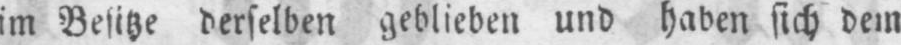
im Besitze derselben geblieben und haben sich dem